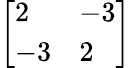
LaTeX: \left[{\begin{array}{ll}{2}&{-3}\\ {-3}&{2}\end{array}}\right]